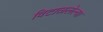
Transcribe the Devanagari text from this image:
विटाळलेल्या